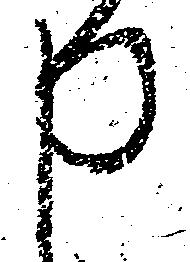
申